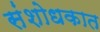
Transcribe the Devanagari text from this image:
संशोधकात